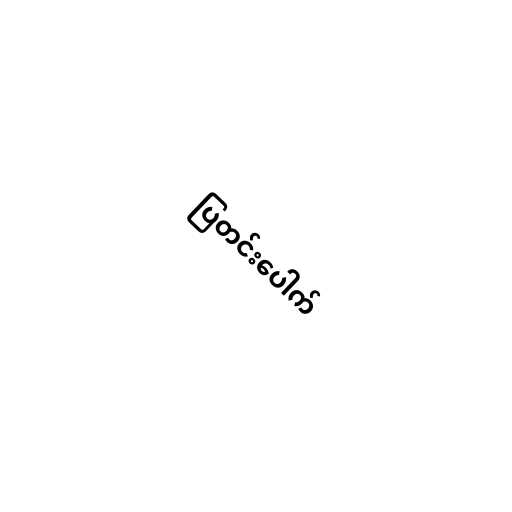
ပြတင်းပေါက်